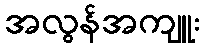
အလွန်အကျူး